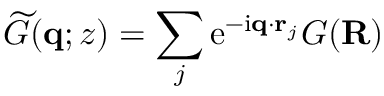
\widetilde G ( \mathbf { q } ; z ) = \sum _ { j } \mathrm { e } ^ { - \mathrm { i } \mathbf { q } \cdot \mathbf { r } _ { j } } G ( \mathbf R )